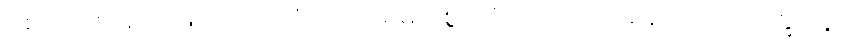
စေတသာ၊ စိတ်ဖြင့်။ ဗဟုလံ၊ အကြိမ်များစွာ။ ဝိဟရတော၊ နေသော။ ဘိက္ခုနော၊